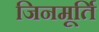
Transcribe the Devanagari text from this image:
जिनमूर्ति